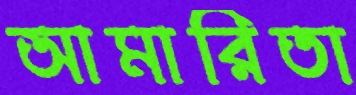
আমারিতা